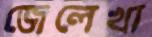
জেলেখা